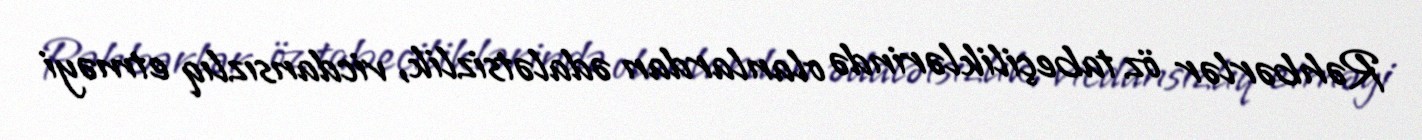
Rəhbərlər öz tabeçiliklərində olanlardan ədalətsizlik, vicdansızlıq etməyi